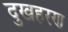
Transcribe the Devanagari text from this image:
दुखहरण